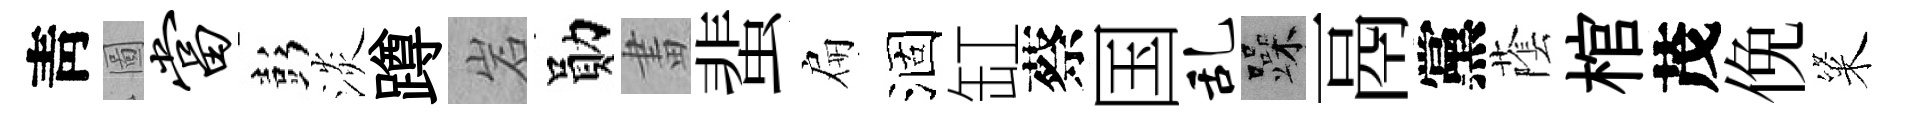
靑圖当彭淡蹲岩勛畫蜚扁涸缸蔡国乱躁鬲黨䕃棺茂俛粢